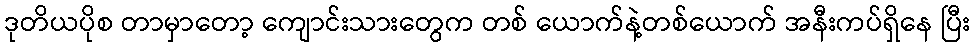
ဒုတိယပိုစ တာမှာတော့ ကျောင်းသားတွေက တစ် ယောက်နဲ့တစ်ယောက် အနီးကပ်ရှိနေ ပြီး